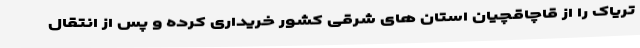
تریاک را از قاچاقچیان استان های شرقی کشور خریداری کرده و پس از انتقال